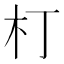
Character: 朾